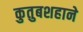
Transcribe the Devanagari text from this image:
कुतुबशहाने